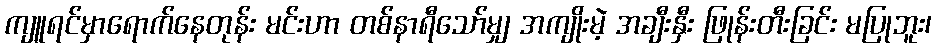
ကျူရင်မှာရောက်နေတုန်း မင်းဟာ တစ်နာရီသော်မျှ အကျိုးမဲ့ အချီးနှီး ဖြုန်းတီးခြင်း မပြုဘူး၊